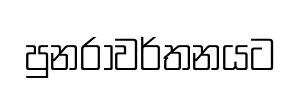
පුනරාවර්තනයට